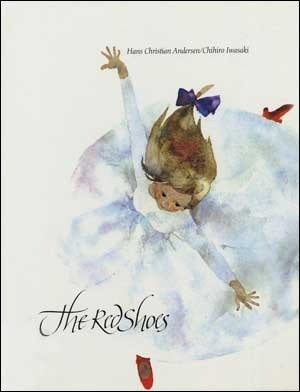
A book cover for The Red Shoes; Hans Christian Andersen; Children's Books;